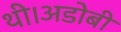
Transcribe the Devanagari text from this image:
थी।अडोबी